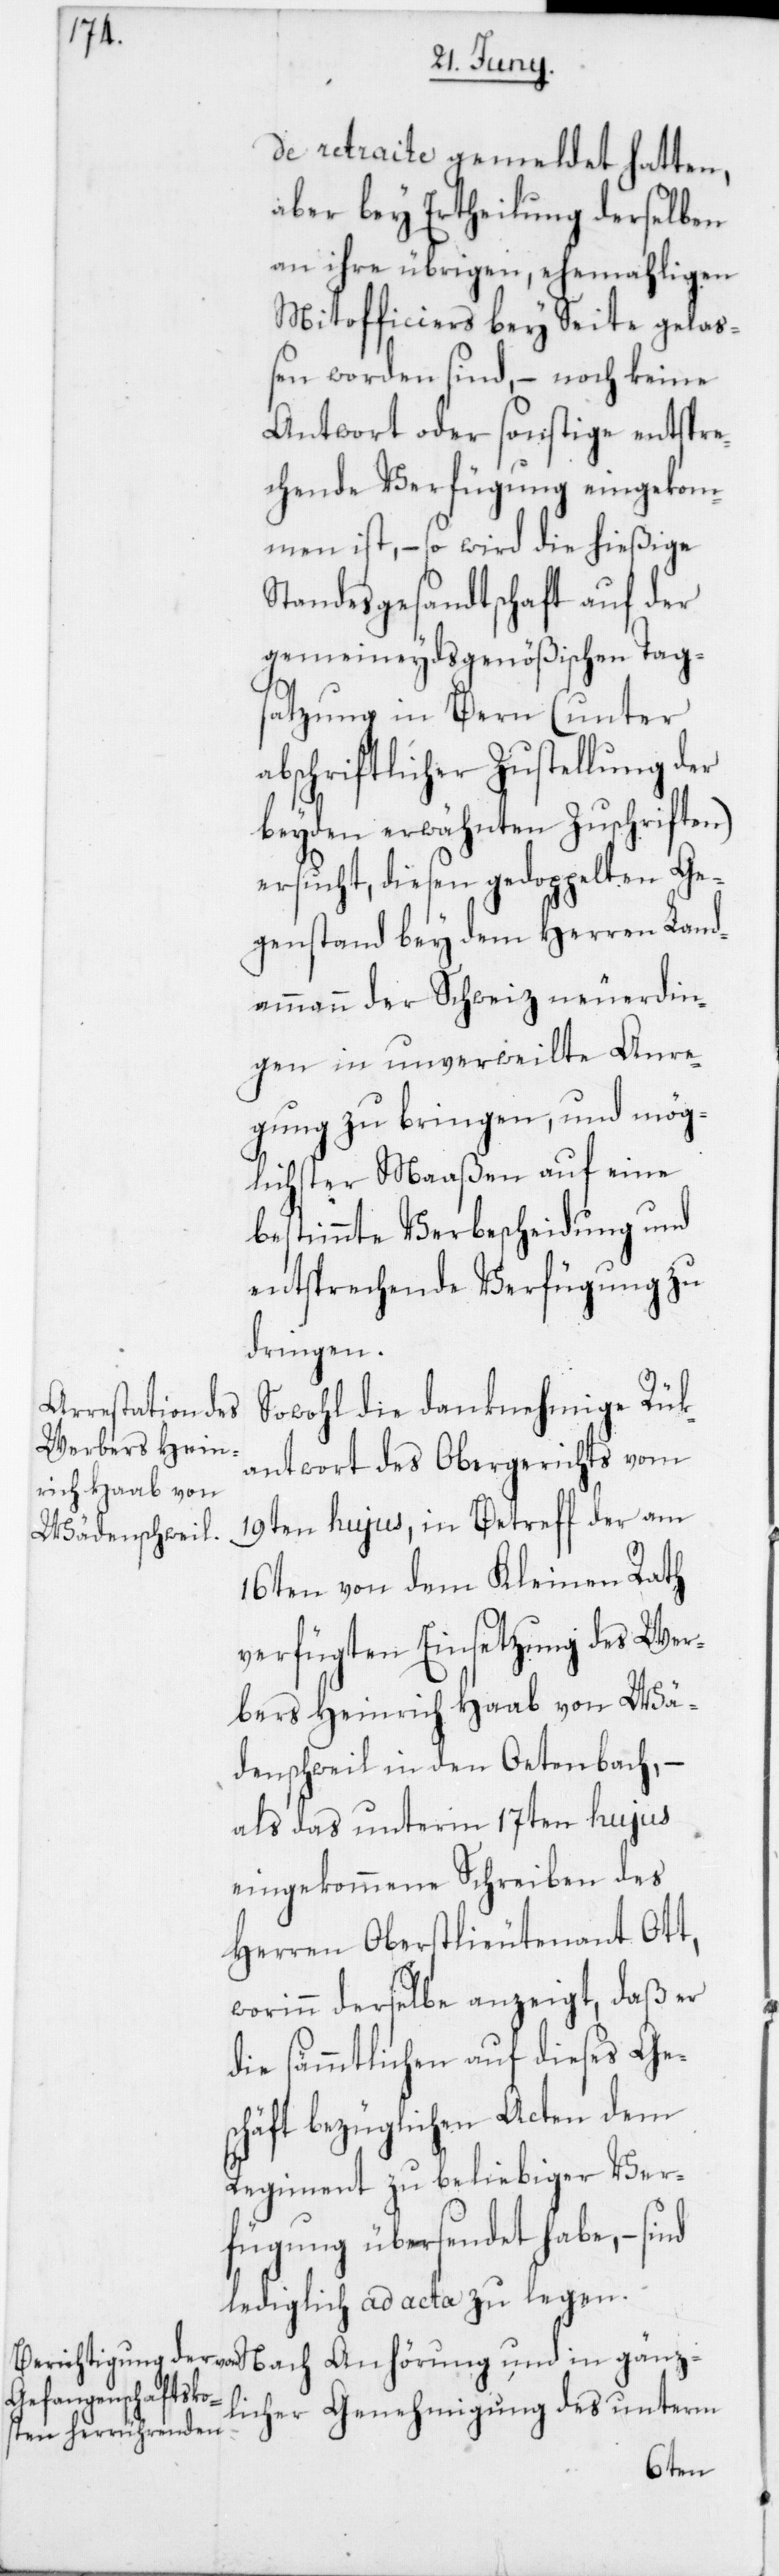
in gänz¬
de retraite) gemeldet hatten,
aber bey Ertheilung derselben
an ihre übrigen, ehemahligen
Mitofficiers bey Seite gelaß¬
en worden sind, – noch keine
Antwort oder sonstige entspre¬
chende Verfügung eingekom¬
men ist, – so wird die hießige
Standesgesandtschaft auf der
gemeineydsgenößischen Tag¬
satzung in Bern (unter
abschriftlicher Zustellung der
beyden erwähnten Zuschriften)
ersucht, diesen gedoppelten Ge¬
genstand bey dem Herren Land¬
ammann der Schweiz neuerdin¬
gen in unverweilte Anre¬
gung zu bringen, und mög¬
lichster Maaßen auf eine
bestimmte Verbescheidung und
entsprechende Verfügung zu
dringen.
Sowohl die danknehmige Rük¬
antwort des Obergerichts vom
19ten hujus, in Betreff der am
16ten von dem Kleinen Rath
verfügten Einsetzung des Wer¬
bers Heinrich Haab von Wä¬
denschweil in den Oetenbach, –
als das unterm 17ten hujus
eingekommene Schreiben des
Herren Oberstlieutenant Ott,
worinn derselbe anzeigt, daß er
die sämmtlichen auf dieses Ge¬
schäft bezüglichen Acten dem
Regiment zu beliebiger Ver¬
fügung übersendet habe, – sind
lediglich ad acta zu legen.
licher Genehmigung des unterm